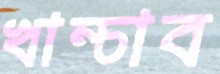
খাম্‌চাব